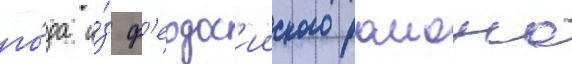
го́да и́з ф'еодос'ииского раиона